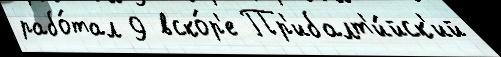
рабо́тал 9 вско́р'е Пр'ибалт'и́йск'ий